Elephants and their diseases
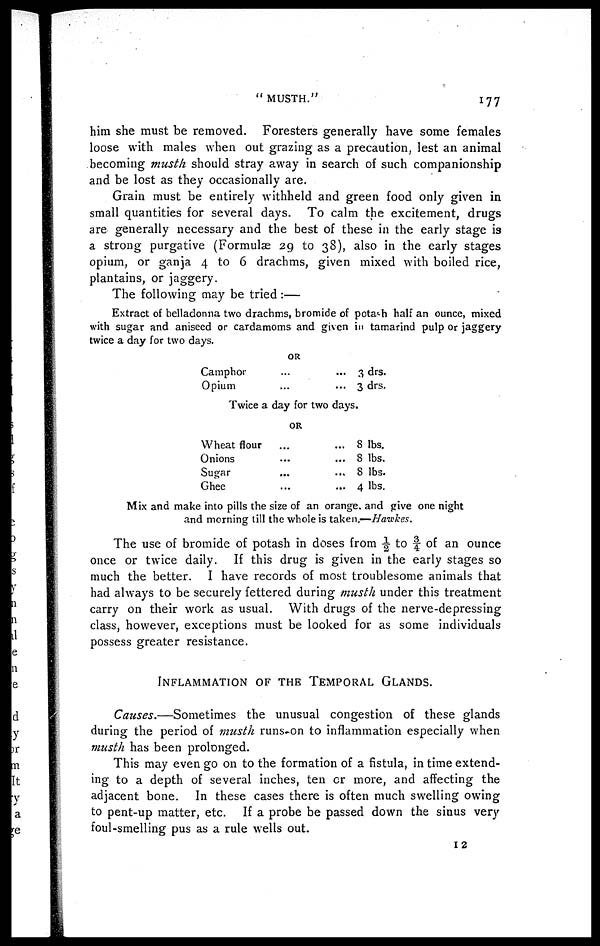
" MUSTH."
177
him she must be removed. Foresters generally have some females
loose with males when out grazing as a precaution, lest an animal
becoming musth should stray away in search of such companionship
and be lost as they occasionally are.
Grain must be entirely withheld and green food only given in
small quantities for several days. To calm the excitement, drugs
are generally necessary and the best of these in the early stage is
a strong purgative (Formulæ 29 to 38), also in the early stages
opium, or ganja 4 to 6 drachms, given mixed with boiled rice,
plantains, or jaggery.
The following may be tried :—
Extract of belladonna two drachms, bromide of potash half an ounce, mixed
with sugar and aniseed or cardamoms and given in tamarind pulp or jaggery
twice a day for two days.
OR
Camphor
...
...
Opium
...
...
3 drs.
3 drs.
Twice a day for two days.
OR
Wheat flour ... ...
Onions ... ...
Sugar ... ...
Ghee ... ...
8 lbs.
8 lbs.
8 lbs.
4 lbs.
Mix and make into pills the size of an orange, and give one night
and morning till the whole is taken.—Hawkes.
The use of bromide of potash in doses from ½ to ¾ of an ounce
once or twice daily. If this drug is given in the early stages so
much the better. I have records of most troublesome animals that
had always to be securely fettered during musth under this treatment
carry on their work as usual. With drugs of the nerve-depressing
class, however, exceptions must be looked for as some individuals
possess greater resistance.
INFLAMMATION OF THE TEMPORAL GLANDS.
Causes.—Sometimes
the unusual congestion of these glands
during the period of musth runs on to inflammation especially when
musth has been prolonged.
This may even go on to the formation of a fistula, in time extend-
ing to a depth of several inches, ten or more, and affecting the
adjacent bone. In these cases there is often much swelling owing
to pent-up matter, etc. If a probe be passed down the sinus very
foul-smelling pus as a rule wells out.
12